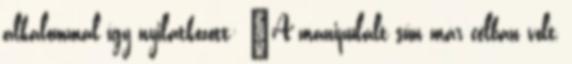
alkalommal így nyilatkozott: "A manipulált sün már célban volt,